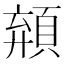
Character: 𩓗